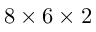
8 \times 6 \times 2